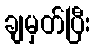
ချမှတ်ပြီး